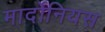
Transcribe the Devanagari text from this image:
मार्दोनियस